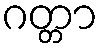
ဂတ္တာ